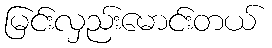
မြင်းလှည်းမောင်းတယ်